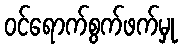
ဝင်ရောက်စွက်ဖက်မှု